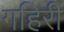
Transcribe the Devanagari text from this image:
गहिरी